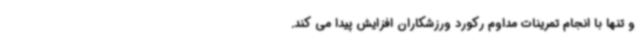
و تنها با انجام تمرینات مداوم رکورد ورزشکاران افزایش پیدا می کند.